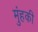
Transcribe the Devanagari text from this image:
मुंहकी